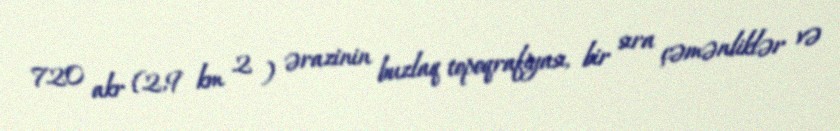
720 akr (2,9 km 2 ) ərazinin buzlaq topoqrafiyası, bir sıra çəmənliklər və